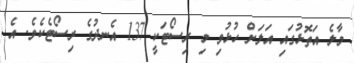
މާލެ އަތޮޅުގައި އަލަށް ހުޅުވި މި ރިސޯޓަކީ 137 އެނދުގެ ރިސޯޓެކެވެ. އެ